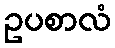
ဥပစာလံ